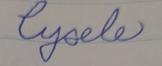
Signature authenticity: forged